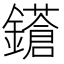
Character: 𨮤